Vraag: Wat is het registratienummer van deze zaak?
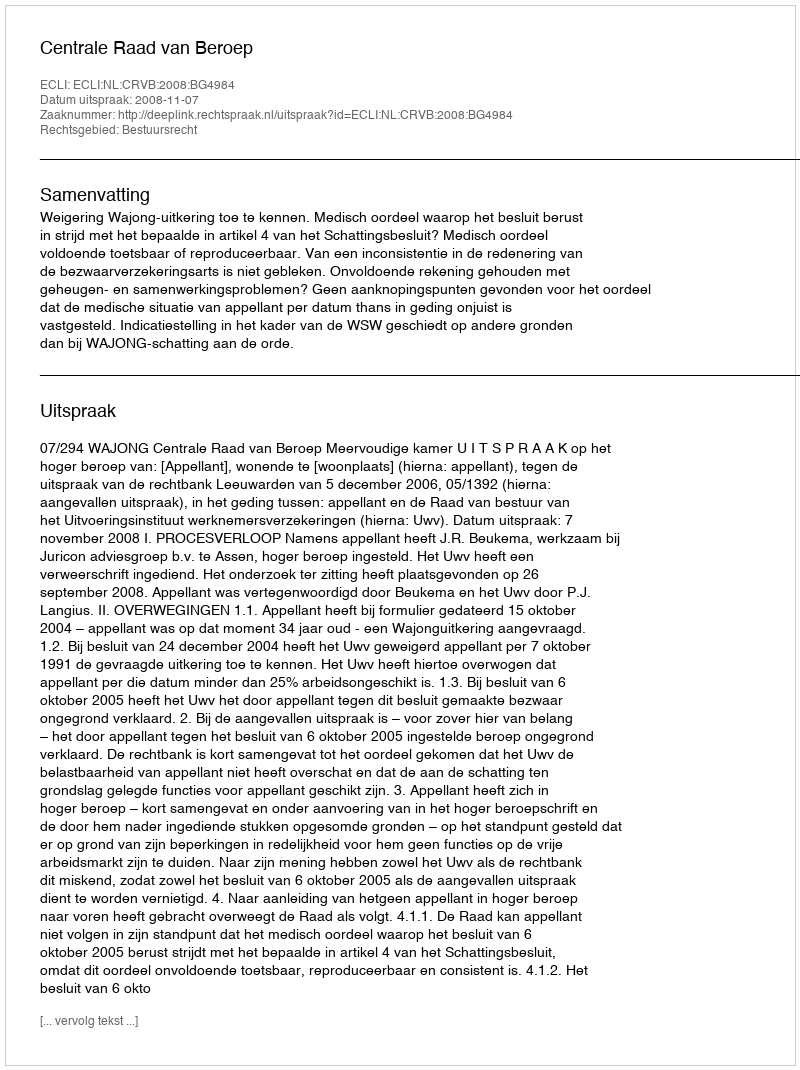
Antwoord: http://deeplink.rechtspraak.nl/uitspraak?id=ECLI:NL:CRVB:2008:BG4984